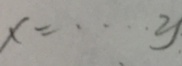
x = \cdots y